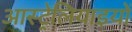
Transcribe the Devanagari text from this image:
आस्ट्रेलियाइयों